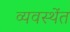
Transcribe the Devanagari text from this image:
व्यवस्थेंत